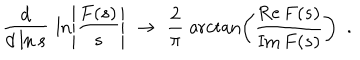
\frac { \mathrm { d } } { \mathrm { d } \ln s } \, \, \ln \left| \frac { F ( s ) } { s } \right| \, \, \rightarrow \, \, \frac { 2 } { \pi } \; \operatorname { a r c t a n } \left( \frac { \mathrm { R e } \, F ( s ) } { \mathrm { I m } \, F ( s ) } \right) \, \, \, .